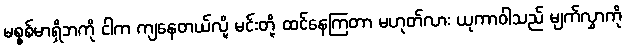
မစ္စစ်မာရှိဘကို ငါက ကျနေတယ်လို့ မင်းတို့ ထင်နေကြတာ မဟုတ်လား ယုကာဝါသည် မျက်လွှာကို